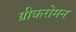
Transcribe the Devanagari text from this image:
ग्रीकरोमन